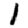
Digit: 1